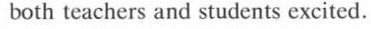
both teachers and students excited.